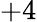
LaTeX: +4